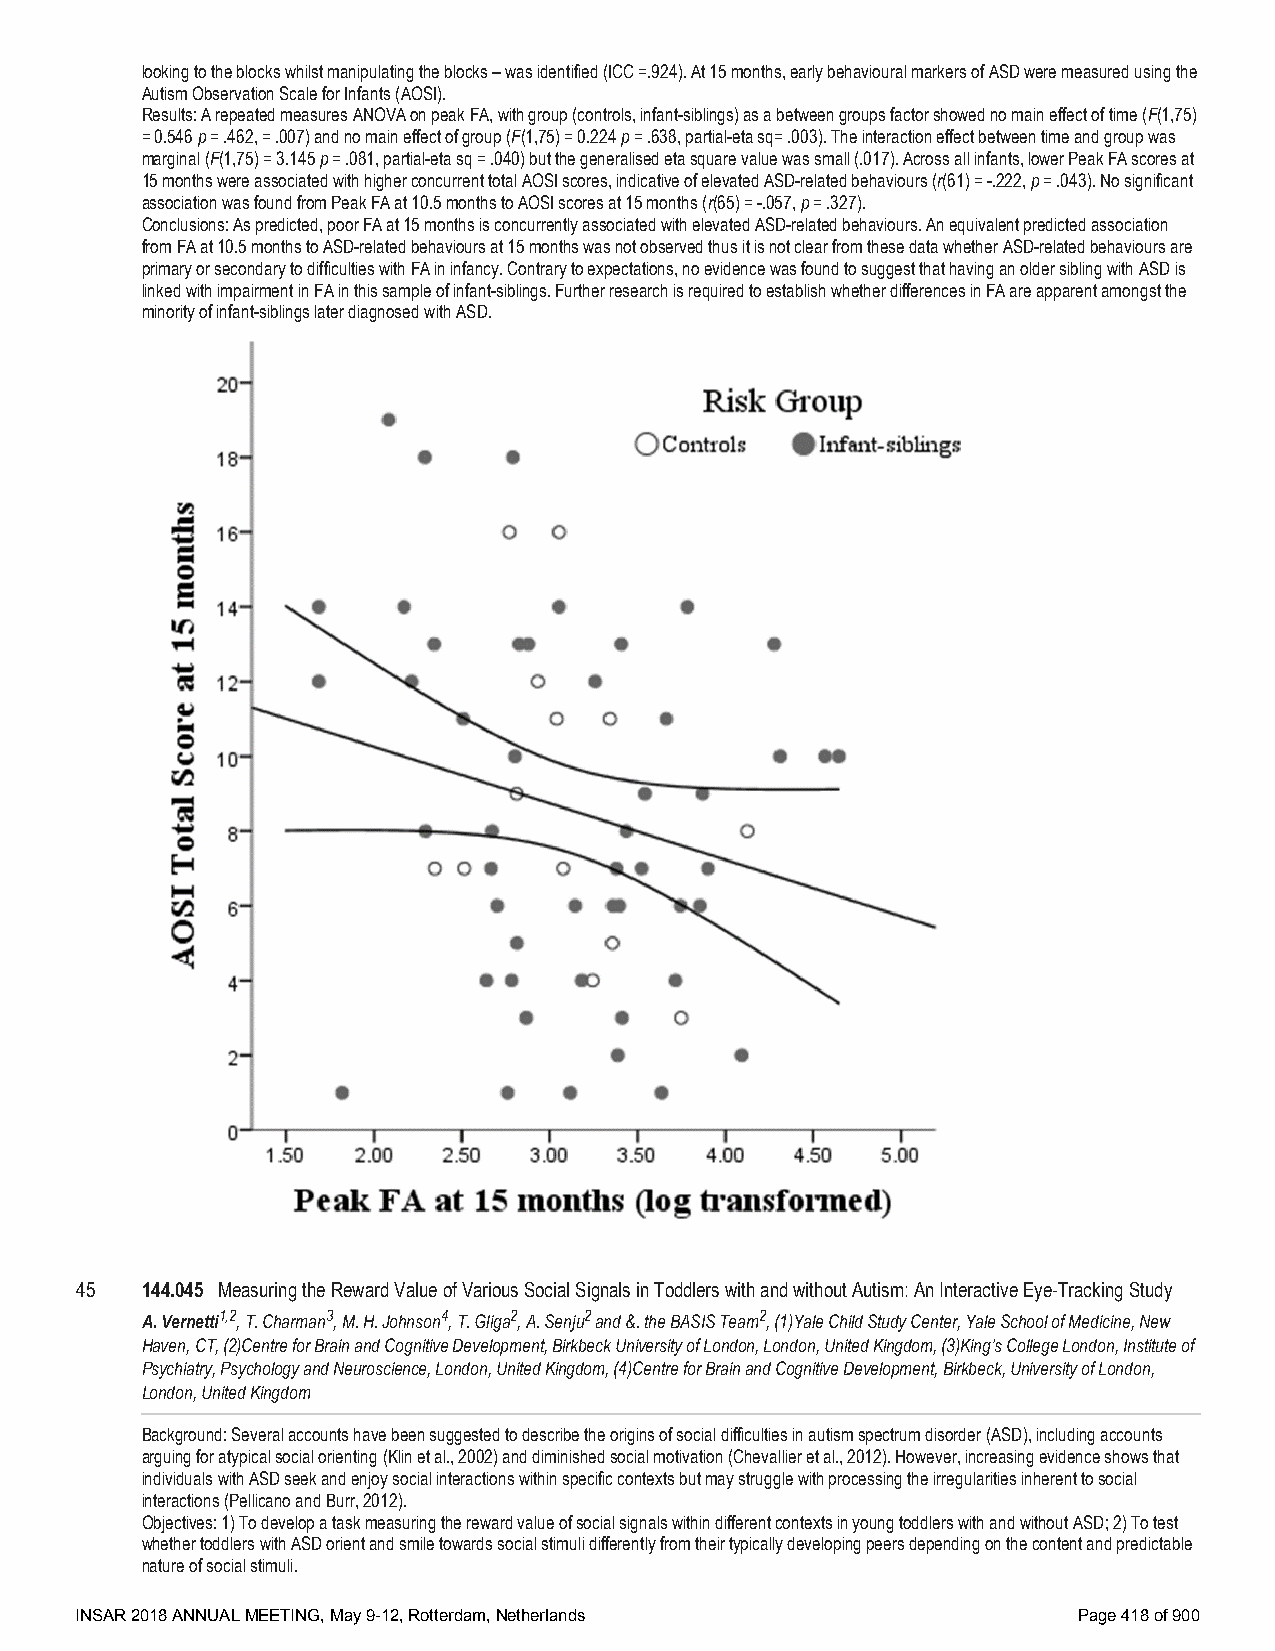
looking to the blocks whilst manipulating the blocks – was identified (ICC =.924). At 15 months, early behavioural markers of ASD were measured using the
 Autism Observation Scale for Infants (AOSI).
 Results: A repeated measures ANOVA on peak FA, with group (controls, infant-siblings) as a between groups factor showed no main effect of time (F(1,75)
 = 0.546 p = .462, = .007) and no main effect of group (F(1,75) = 0.224 p = .638, partial-eta sq= .003). The interaction effect between time and group was
 marginal (F(1,75) = 3.145 p = .081, partial-eta sq = .040) but the generalised eta square value was small (.017). Across all infants, lower Peak FA scores at
 15 months were associated with higher concurrent total AOSI scores, indicative of elevated ASD-related behaviours (r(61) = -.222, p = .043). No significant
 association was found from Peak FA at 10.5 months to AOSI scores at 15 months (r(65) = -.057, p = .327).
 Conclusions: As predicted, poor FA at 15 months is concurrently associated with elevated ASD-related behaviours. An equivalent predicted association
 from FA at 10.5 months to ASD-related behaviours at 15 months was not observed thus it is not clear from these data whether ASD-related behaviours are
 primary or secondary to difficulties with FA in infancy. Contrary to expectations, no evidence was found to suggest that having an older sibling with ASD is
 linked with impairment in FA in this sample of infant-siblings. Further research is required to establish whether differences in FA are apparent amongst the
 minority of infant-siblings later diagnosed with ASD.
 45  144.045 Measuring the Reward Value of Various Social Signals in Toddlers with and without Autism: An Interactive Eye-Tracking Study
 A. Vernetti1,2, T. Charman3, M. H. Johnson4, T. Gliga2, A. Senju2 and &. the BASIS Team2, (1)Yale Child Study Center, Yale School of Medicine, New
 Haven, CT, (2)Centre for Brain and Cognitive Development, Birkbeck University of London, London, United Kingdom, (3)King’s College London, Institute of
 Psychiatry, Psychology and Neuroscience, London, United Kingdom, (4)Centre for Brain and Cognitive Development, Birkbeck, University of London,
 London, United Kingdom
 Background: Several accounts have been suggested to describe the origins of social difficulties in autism spectrum disorder (ASD), including accounts
 arguing for atypical social orienting (Klin et al., 2002) and diminished social motivation (Chevallier et al., 2012). However, increasing evidence shows that
 individuals with ASD seek and enjoy social interactions within specific contexts but may struggle with processing the irregularities inherent to social
 interactions (Pellicano and Burr, 2012).
 Objectives: 1) To develop a task measuring the reward value of social signals within different contexts in young toddlers with and without ASD; 2) To test
 whether toddlers with ASD orient and smile towards social stimuli differently from their typically developing peers depending on the content and predictable
 nature of social stimuli.
 INSAR 2018 ANNUAL MEETING, May 9-12, Rotterdam, Netherlands       Page 418 of 900